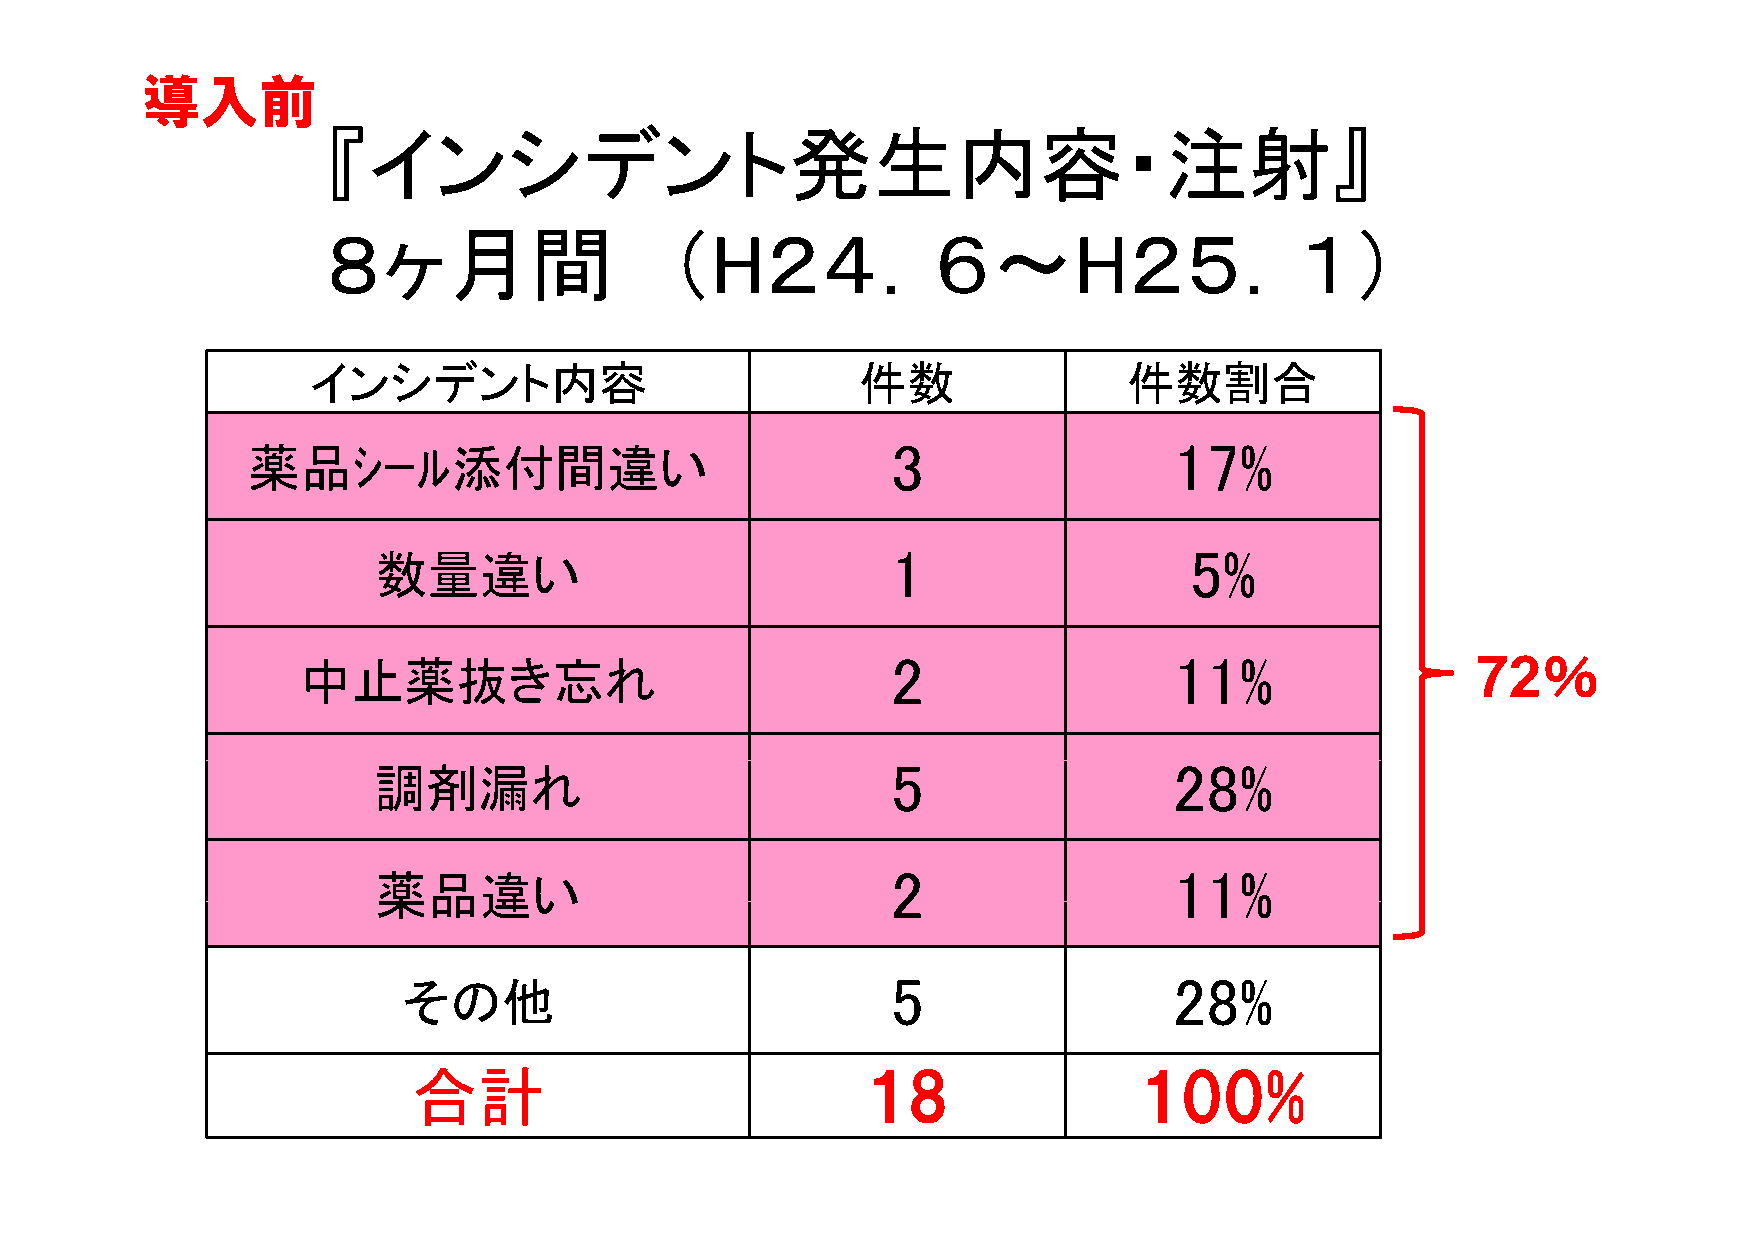
導入前
 『『イインンシシデデンント発発生内内容容・注注射射』』
 ８ヶ月間                  （H２４．６～H２５．１）
 インシデント内容                             件数                件数割合
 33                 1177%%
 薬薬品品ｼｼｰﾙﾙ添添付付間間違違いい
 1                   5%
 数量違い
 中止薬抜き忘れ
 2                  11%                 72％
 5                  28%
 調剤漏れ
 22                 1111%%
 薬薬品品違違いい
 5                  28%
 その他
 合計                            18                100%